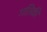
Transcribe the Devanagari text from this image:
गतिकी